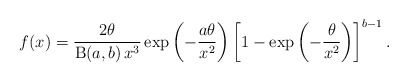
\begin{align*}f(x)=\frac{2\theta}{\operatorname{B}(a,b)\,x^3}\exp\left(-\frac{a\theta}{x^2}\right)\left[1-\exp\left(-\frac{\theta}{x^2}\right)\right]^{b-1}.\end{align*}